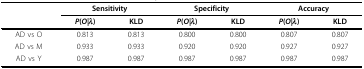
<table><thead><tr><td></td><td colspan="2"><b>Sensitivity</b></td><td colspan="2"><b>Specificity</b></td><td colspan="2"><b>Accuracy</b></td></tr><tr><td></td><td><b><i>P</i>(<i>O|λ</i>)</b></td><td><b>KLD</b></td><td><b><i>P</i>(<i>O|λ</i>)</b></td><td><b>KLD</b></td><td><b><i>P</i>(<i>O|λ</i>)</b></td><td><b>KLD</b></td></tr></thead><tbody><tr><td>AD vs O</td><td>0.813</td><td>0.813</td><td>0.800</td><td>0.800</td><td>0.807</td><td>0.807</td></tr><tr><td>AD vs M</td><td>0.933</td><td>0.933</td><td>0.920</td><td>0.920</td><td>0.927</td><td>0.927</td></tr><tr><td>AD vs Y</td><td>0.987</td><td>0.987</td><td>0.987</td><td>0.987</td><td>0.987</td><td>0.987</td></tr></tbody></table>